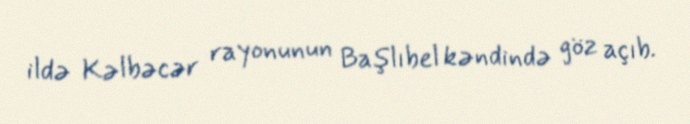
ildə Kəlbəcər rayonunun Başlıbel kəndində göz açıb.